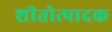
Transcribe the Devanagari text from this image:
शीतोत्पादक